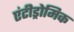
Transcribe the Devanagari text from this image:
एंटीड्रोमिक